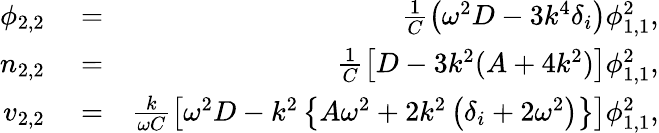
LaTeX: \begin{array}{rlr}{\phi_{2,2}}&{{}=}&{\frac{1}{C}\left(\omega^{2}D-3k^{4}\delta_{i}\right)\phi_{1,1}^{2},}\\ {n_{2,2}}&{{}=}&{\frac{1}{C}\left[D-3k^{2}(A+4k^{2})\right]\phi_{1,1}^{2},}\\ {v_{2,2}}&{{}=}&{\frac{k}{\omega C}\left[\omega^{2}D-k^{2}\left\{ A\omega^{2}+2k^{2}\left(\delta_{i}+2\omega^{2}\right)\right\} \right]\phi_{1,1}^{2},}\end{array}